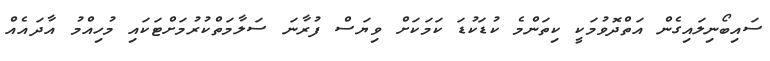
ސައިބޯނިލައިގެން އަތްދޮވުމަކީ ކިތަންމެ ކުޑަކުޑަ ކަމަކަށް ވިޔަސް ފުރާނަ ސަލާމަތްކުރުމަށްޓަކައި މުހިއްމު އާދައެއް